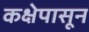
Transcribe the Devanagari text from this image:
कक्षेपासून